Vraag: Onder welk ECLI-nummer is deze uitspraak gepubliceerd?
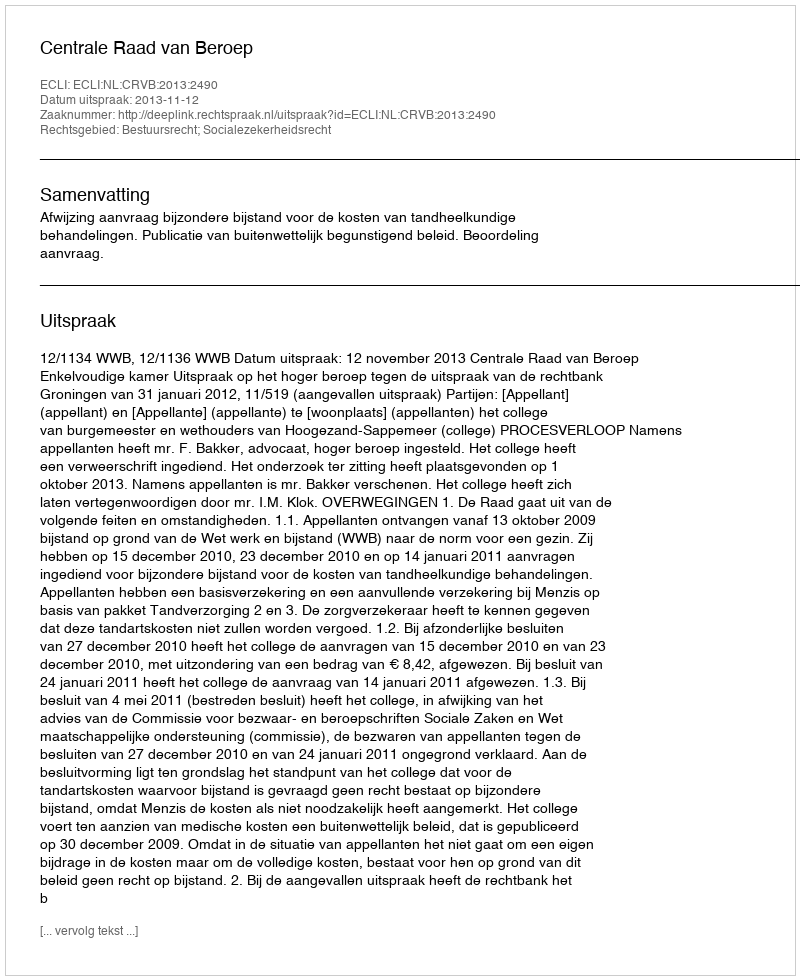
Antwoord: ECLI:NL:CRVB:2013:2490